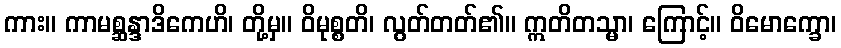
ကား။ ကာမစ္ဆန္ဒာဒိကေဟိ၊ တို့မှ။ ဝိမုစ္စတိ၊ လွတ်တတ်၏။ ဣတိတသ္မာ၊ ကြောင့်။ ဝိမောက္ခော၊